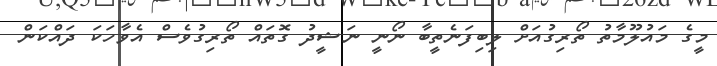
މީގެ މައުލޫމާތު ތޯރިގުއަށް ލިބިފަނެތީބާ ނޯނީ ނަޝީދު ގޮތައް ތޯރިގުވެސް އެވާހަކަ ދައްކަން